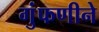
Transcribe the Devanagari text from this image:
गुंफणीने